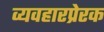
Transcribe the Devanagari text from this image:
व्यवहारप्रेरक